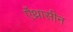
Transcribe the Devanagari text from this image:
ऐंथ्रासीन